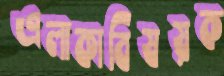
এলাকাবিষয়ক